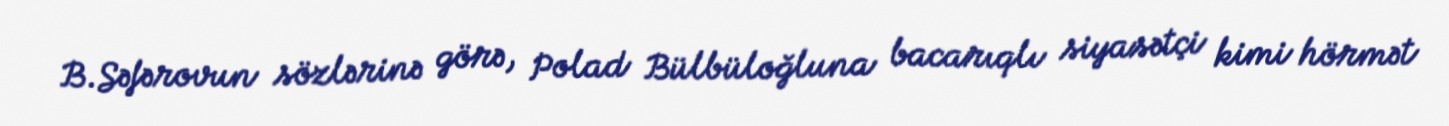
B.Səfərovun sözlərinə görə, Polad Bülbüloğluna bacarıqlı siyasətçi kimi hörmət